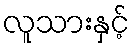
လူသားနှင့်